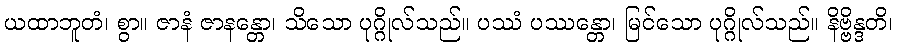
ယထာဘူတံ၊ စွာ။ ဇာနံ ဇာနန္တော၊ သိသော ပုဂ္ဂိုလ်သည်။ ပဿံ ပဿန္တော၊ မြင်သော ပုဂ္ဂိုလ်သည်။ နိဗ္ဗိန္ဒတိ၊